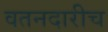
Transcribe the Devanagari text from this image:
वतनदारीच